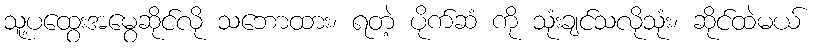
သူ့ပထွေးအမွေဆိုင်လို သဘောထား၊ ရတဲ့ ပိုက်ဆံ ကို သုံးချင်သလိုသုံး၊ ဆိုင်ထဲမယ်